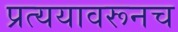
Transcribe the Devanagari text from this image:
प्रत्ययावरूनच